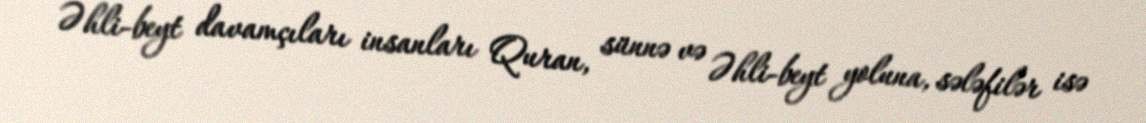
Əhli-beyt davamçıları insanları Quran, sünnə və Əhli-beyt yoluna, sələfilər isə